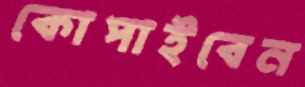
কোপাইবেন